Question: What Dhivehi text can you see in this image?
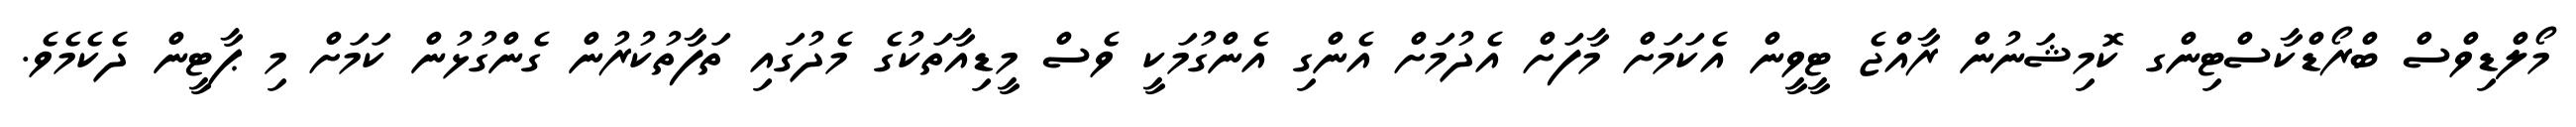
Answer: މޯލްޑިވްސް ބްރޯޑްކާސްޓިންގ ކޮމިޝަނުން ރާއްޖެ ޓީވީން އެކަމަށް މާފަށް އެދުމަށް އެންގި އެންގުމަކީ ވެސް މީޑިއާތަކުގެ މެދުގައި ތަފާތުކުރުން ގެންގުޅުން ކަމަށް މި ޕާޓީން ދެކެމެވެ.